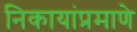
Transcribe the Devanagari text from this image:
निकायांप्रमाणे